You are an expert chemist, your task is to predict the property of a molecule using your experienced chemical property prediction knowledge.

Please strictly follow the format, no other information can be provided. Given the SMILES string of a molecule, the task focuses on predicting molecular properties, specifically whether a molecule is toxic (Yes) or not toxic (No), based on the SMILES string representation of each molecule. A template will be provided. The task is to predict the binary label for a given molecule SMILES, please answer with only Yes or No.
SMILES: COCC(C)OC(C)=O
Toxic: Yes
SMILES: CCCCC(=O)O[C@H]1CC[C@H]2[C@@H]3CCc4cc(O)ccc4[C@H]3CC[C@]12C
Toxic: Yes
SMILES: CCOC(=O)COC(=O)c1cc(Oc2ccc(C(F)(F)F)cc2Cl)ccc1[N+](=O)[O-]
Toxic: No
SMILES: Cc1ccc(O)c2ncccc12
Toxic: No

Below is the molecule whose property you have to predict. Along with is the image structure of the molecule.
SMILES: Cc1cc(CC(=O)O)c(C)n1-c1ccc(Cl)cc1
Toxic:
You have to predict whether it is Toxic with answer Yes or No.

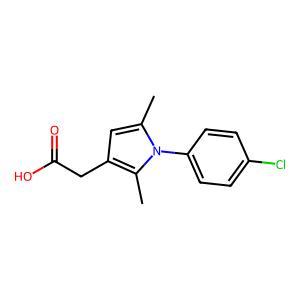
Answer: No